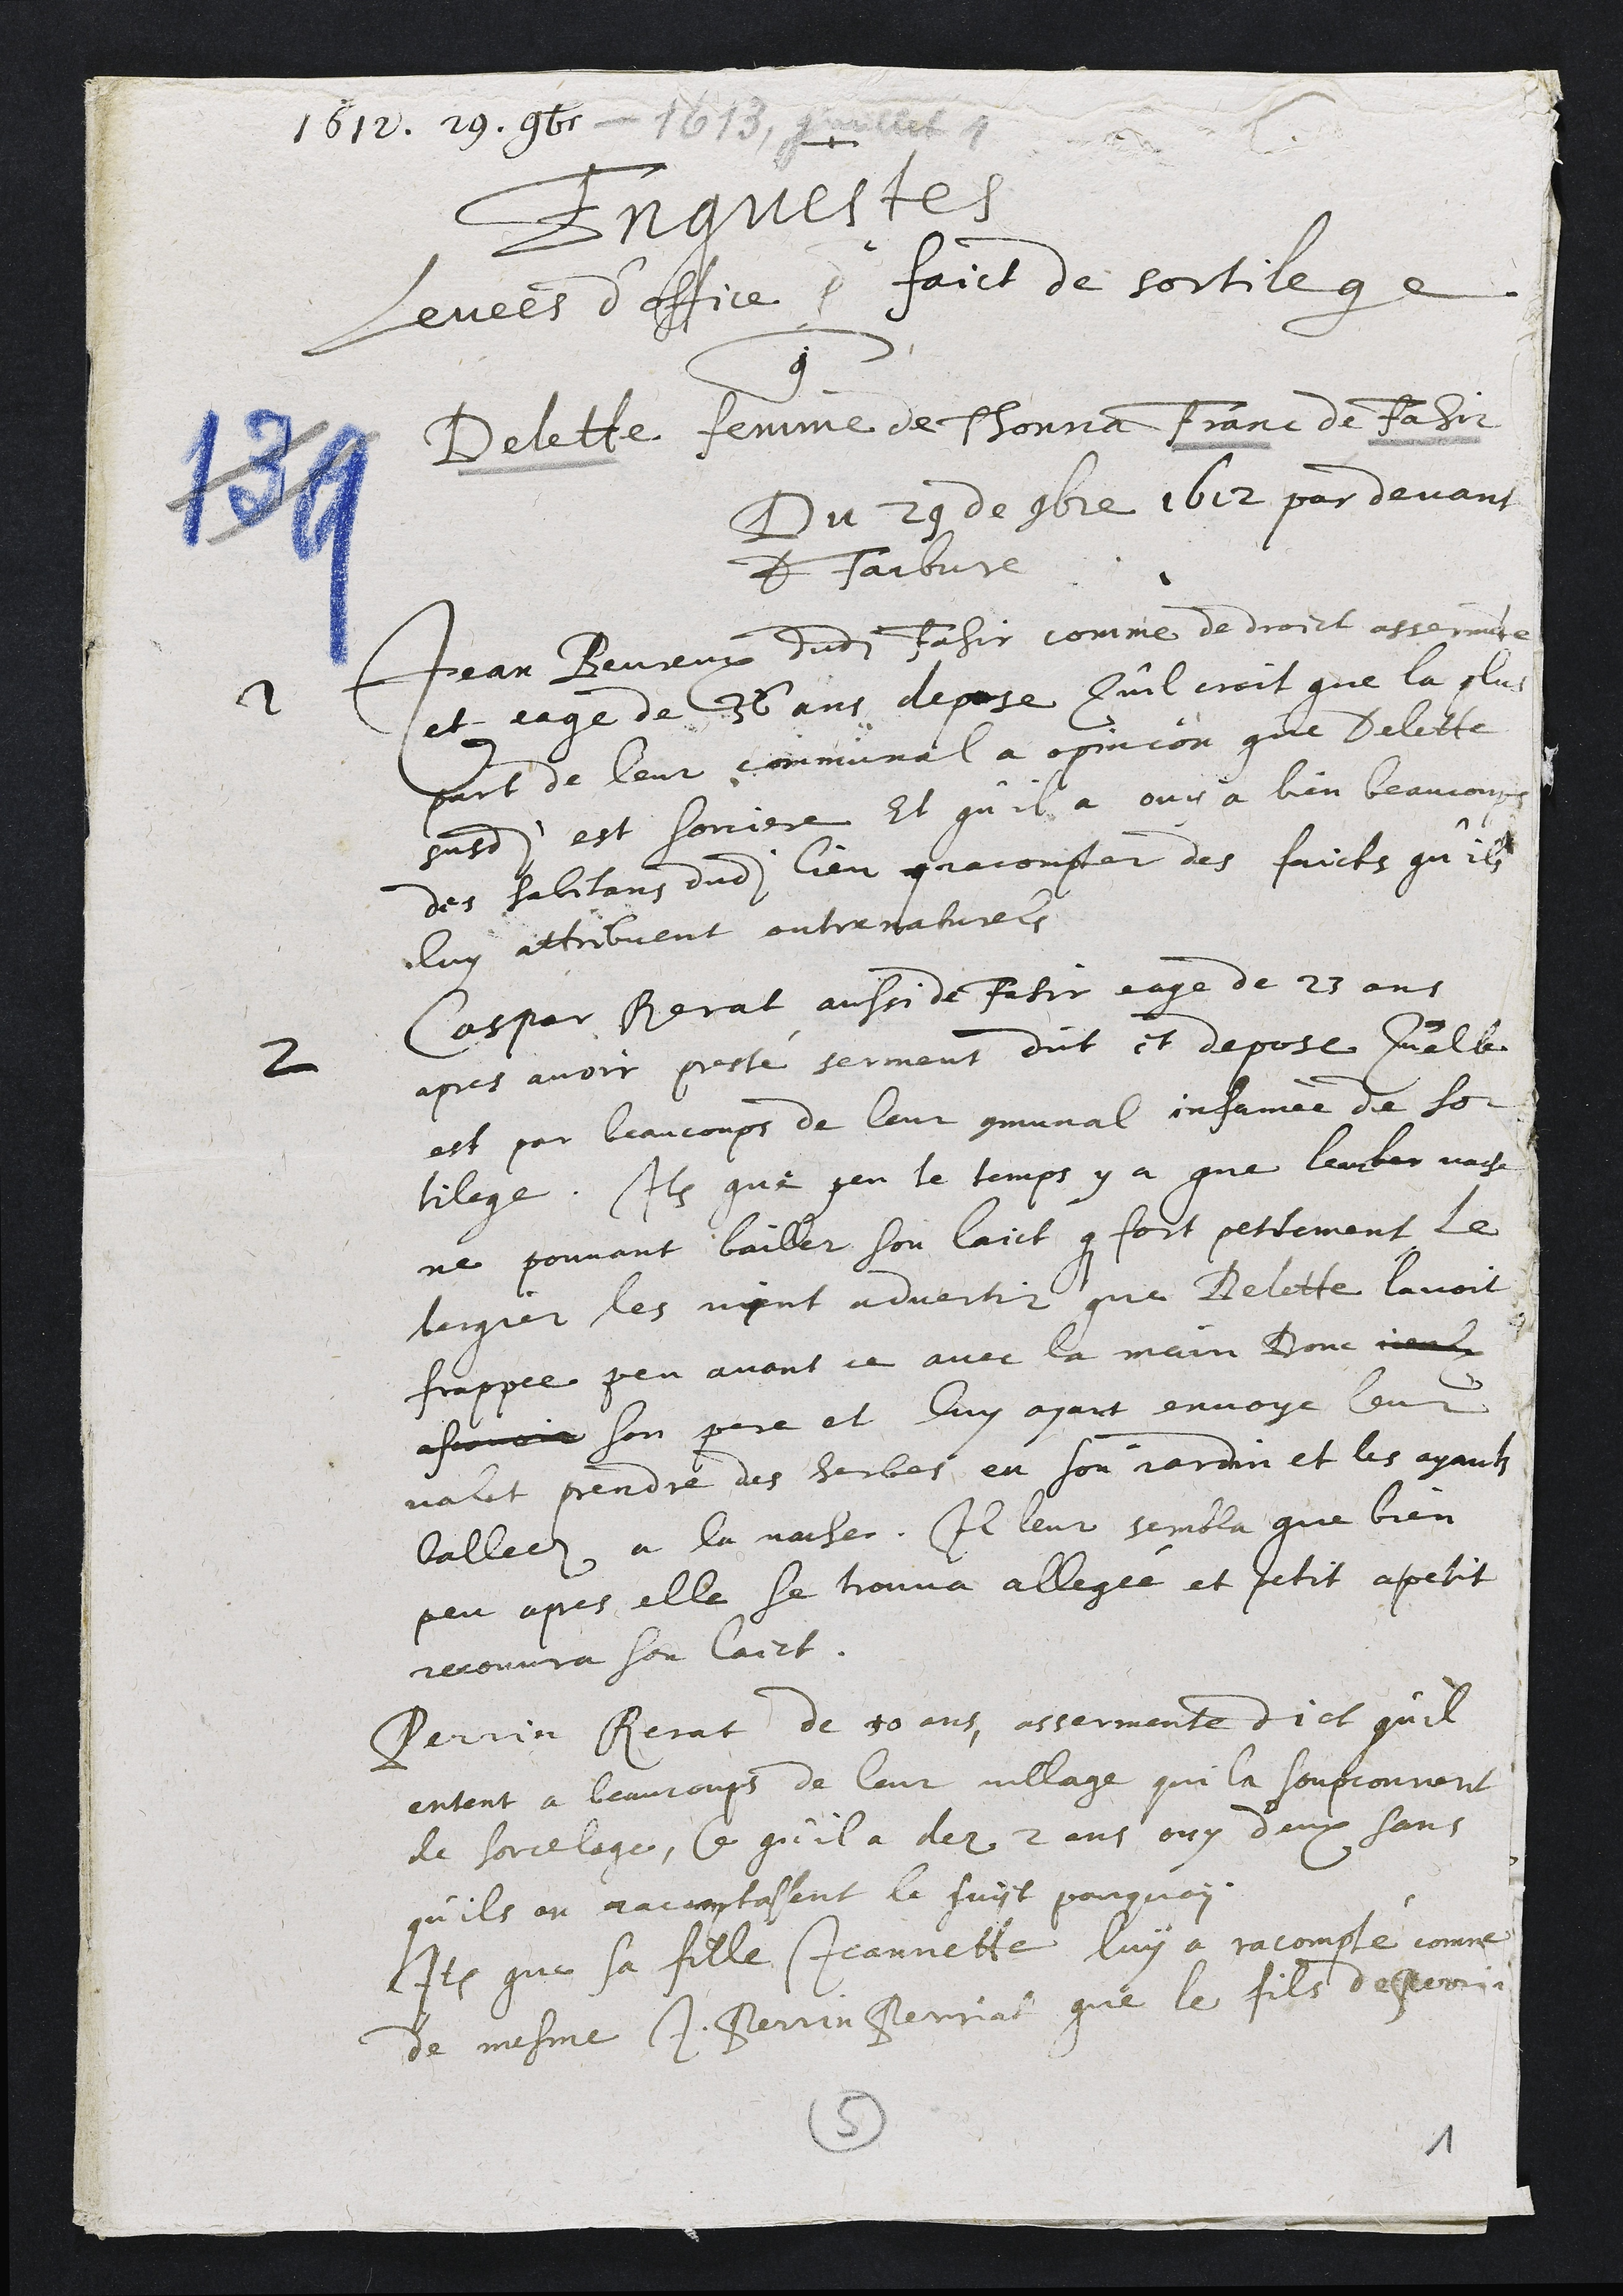
1612. 29. 9bre - 1613, juillet 4
Enquestes
levees d’office pour faict de sortilege
contre
Delette femme de Thonna Franc de Fahir
Du 29 de 9bre 1612 par devant
D Faibvre
2 Jean Beureux dudit Fahir comme de droit assermente
et eage de 36 ans, depose Qu’il croit que la plus
part de leur communal a opinion que Delette
susdite est sorciere Et qu’il a ouy a bien beaucoups
des habitans dudit lieu q racompter des faicts qu’ils
luy attribuent outre naturels
2 Caspar Rerat aussi de Fahir eage de 23 ans
apres avoir presté serment dict et depose Qu'elle
est par beaucoups de leur communal infamée de sor
tilege. Item que peu le temps y a que leur ler vache
ne pouvant bailler son laict que fort petitement le
bergier les vint advertir que Delette lavoit
frappee peu avant ce avec la main Donc iceulx
ascavoir son pere et luy ayant envoye leur
valet prendre des herbes en son jardin et les ayants
balleez a la vache. Il leur sembla que bien
peu apres elle se trouva allegée et petit a petit
recouvra son laict.
Perrin Rerat de 30 ans, assermente dict qu’il
entent a beaucoups de leur village qui la soupconnent
de sorcelage, Ce qu’il a dez 2 ans ouy d'eux sans
qu’ils on racomptassent le sujet pourquoy
Item que sa fille Jeannette luy a racompté comme
de mesme J. Perrin Perriat que le fils de Perrin
5
1